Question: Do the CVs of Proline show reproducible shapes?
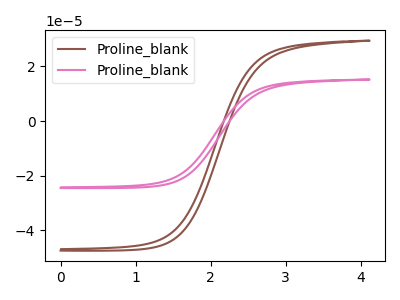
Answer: <think>The brown curve "Proline_blank1" has no peaks. The pink curve "Proline_blank2" has no peaks.
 Neither "Proline_blank1" or "Proline_blank2" have any peaks.</think>
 <answer>All the CV's of "Proline" have similar shape.</answer>
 <eval>follow_rule</eval>